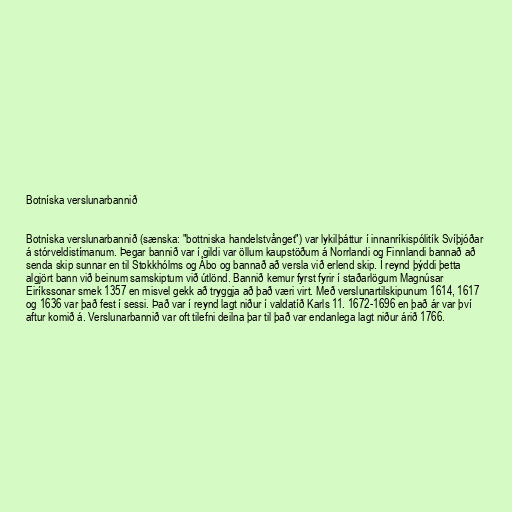
Botníska verslunarbannið

Botníska verslunarbannið (sænska: "bottniska handelstvånget") var lykilþáttur í innanríkispólitík Svíþjóðar
á stórveldistímanum. Þegar bannið var í gildi var öllum kaupstöðum á Norrlandi og Finnlandi bannað að
senda skip sunnar en til Stokkhólms og Åbo og bannað að versla við erlend skip. Í reynd þýddi þetta
algjört bann við beinum samskiptum við útlönd. Bannið kemur fyrst fyrir í staðarlögum Magnúsar
Eiríkssonar smek 1357 en misvel gekk að tryggja að það væri virt. Með verslunartilskipunum 1614, 1617
og 1636 var það fest í sessi. Það var í reynd lagt niður í valdatíð Karls 11. 1672-1696 en það ár var því
aftur komið á. Verslunarbannið var oft tilefni deilna þar til það var endanlega lagt niður árið 1766.